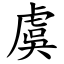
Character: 虞